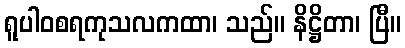
ရူပါဝစရကုသလကထာ၊ သည်။ နိဋ္ဌိတာ၊ ပြီ။